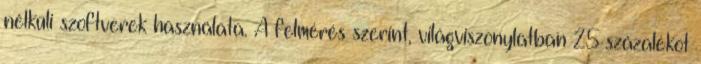
nélküli szoftverek használata. A felmérés szerint, világviszonylatban 25 százalékot